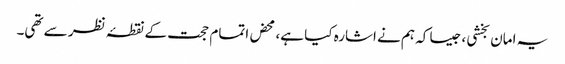
یہ امان بخشی، جیسا کہ ہم نے اشارہ کیا ہے، محض اتمام حجت کے نقطۂ نظر سے تھی۔